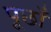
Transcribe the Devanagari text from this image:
पूछाँ